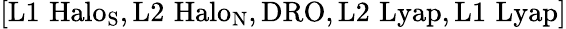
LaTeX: [\mathrm{L1\, \, Halo_{S},L2\, \, Halo_{N},DRO,L2\, \, Lyap,L1\, \, Lyap}]